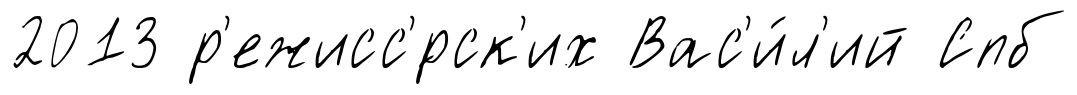
2013 р'ежисс'́рск'их Вас'и́л'ий Спб